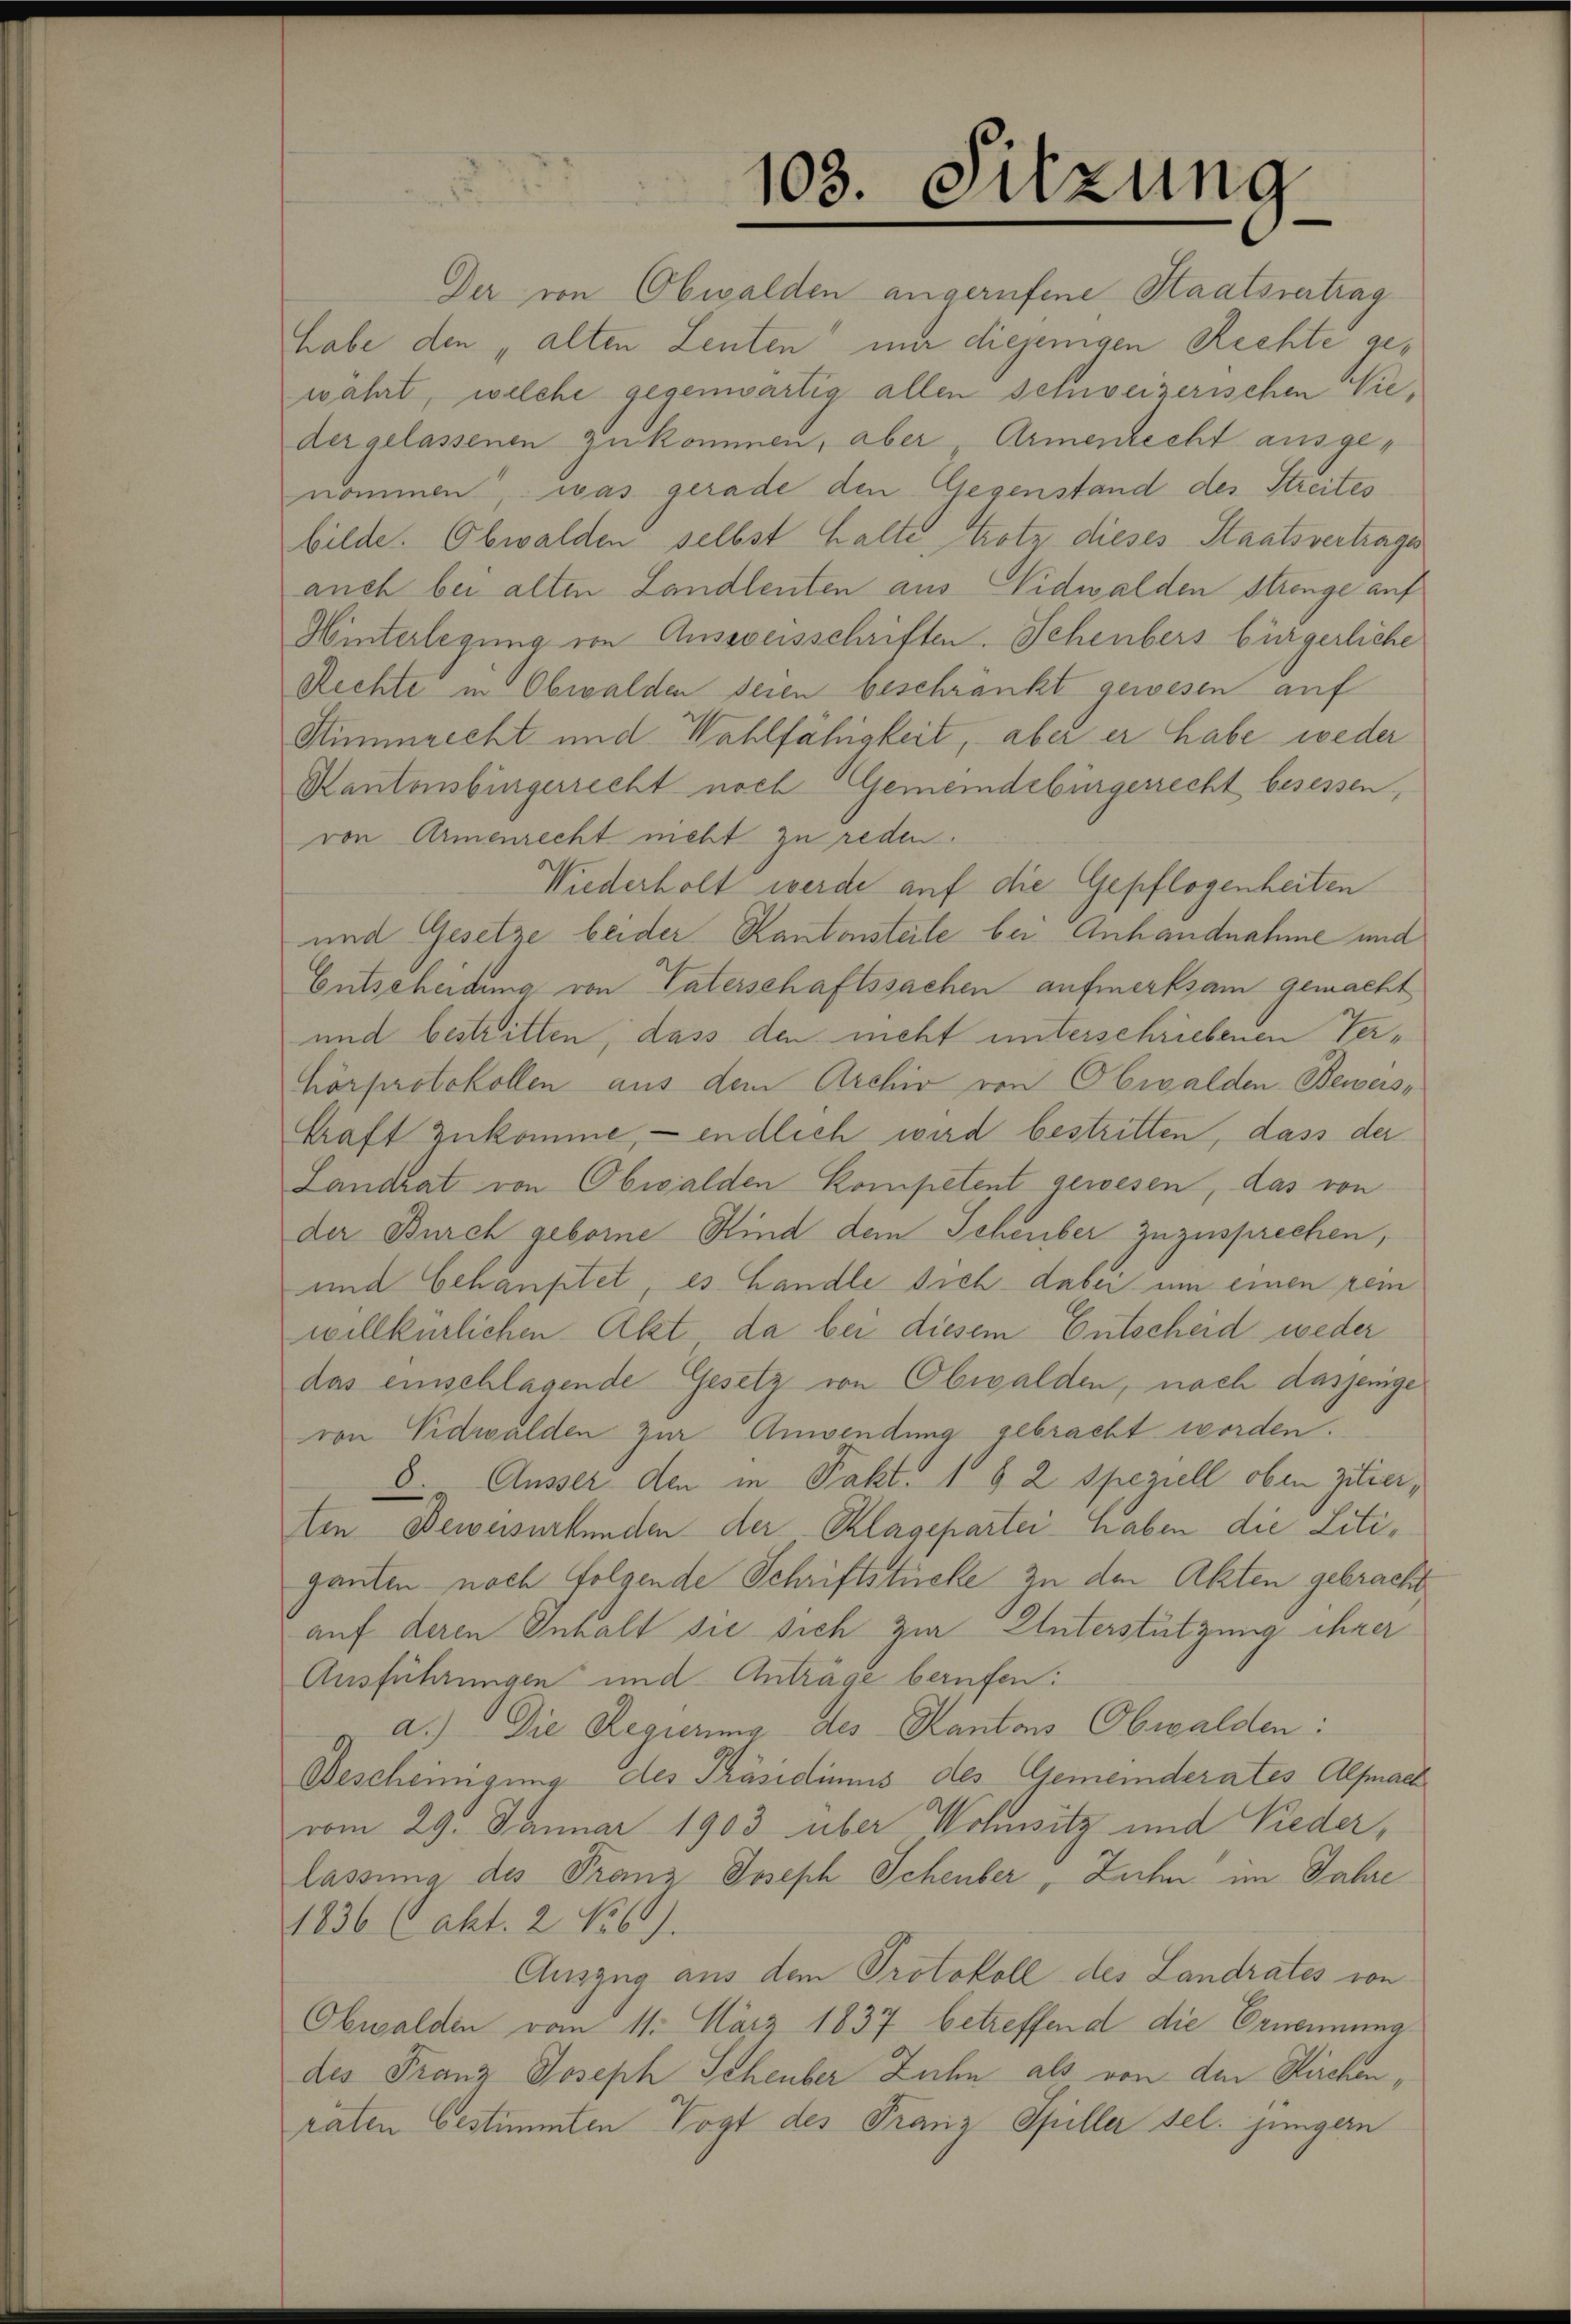
103. Sitzung

Der von Obwalden angerufene Staatsvertrag
habe den „alten Leuten nur diejenigen Rechte gewährt, welche gegenwärtig allen schweizerischen Vieder gelassenen zukommen, aber, Armenrecht ausgenommen, was gerade den Gegenstand des Streites
bilde. Obwalden selbst halte, trotz dieses Staatsvertrages
auch bei alten Landleuten aus Nidwalden Strenge auf
Hinterlegung von Aussweisschriften. Schenbers bürgerliche
Rechte in Obwalden seien beschränkt gewesen auf
Stimmrecht und Wahlfähigkeit, aber er habe weder
Kantonsbingerrecht noch Gemeindebürgerrecht besessen,
von Armenrecht neht zu reden.
Wiederholt werde auf die Gepflogenheiten
und Gesetze beider Kantonsteile bei Anhandnahme und
Entscheidung von Vaterschaftssachen aufmerksam gemacht
und bestritten, dass den nicht unterschriebenen Verhörprotokollen aus dem Archiv von Obwalden Beweis-
kraft zukomme, - endlich wird bestritten, dass der
Landrat von Obwalden Kompetent gewesen, das von
der Burch geborne Kind dem Schenber zuzusprechen,
und behauptet, es handle sich dabei um einen rein
willkürlichen Akt da bei diesem Entscheid weder
das einschlagende Gesetz von Obwalden, nach dasjenige
von Nidwalden zur Anwendung gebracht worden.
8. Äusser den in Pakt. 1 § 2 speziell oben zitierten Beweisurkunden der Klagepartei haben die Litiganten noch folgende Schriftstücke zu den Akten gebracht
auf deren Inhalt sie sich zur Unterstützung ihrer
Ausführungen und Anträge berufen:
a.) Die Regierung des Kantons Obwalden:
Bescheinigung des Präsidiums des Gemeinderates Alfach
vom 29. Januar 1903 über Wohnsitz und Nieder,
lassung des Franz Joseph Schenber, Zehn im Jahre
1836 (akt. 2 Nob).
Auszug aus dem Protokoll des Landrates von
Obwalden vom 11. März 1837 betreffend die Ernennung
des Franz Joseph Scheuber Zuhn als von der Kirchen,
raten bestimmten Vogt des Franz Spiller sel. jüngern